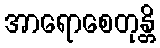
အာရောစေတုန္တိ